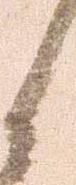
く